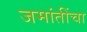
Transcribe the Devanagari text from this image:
जमांतींचा